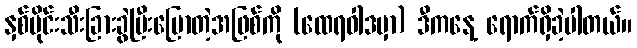
နှစ်ပိုင်းသီးခြားခွဲပြီးပြောတဲ့အဖြစ်ကို (ထေရဝါဒမှာ) ဒီကနေ့ ရောက်ရှိခဲ့ပါတယ်။